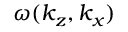
\omega ( k _ { z } , k _ { x } )